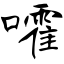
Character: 嚯